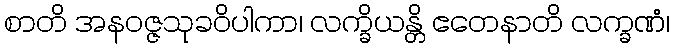
စာတိ အနဝဇ္ဇသုခဝိပါကာ၊ လက္ခိယန္တိ ဧတေနာတိ လက္ခဏံ၊